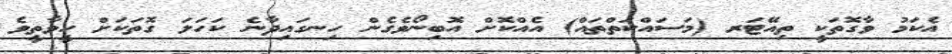
އެކަމު ވާގޮތަކީ ތިއޭޓަރ (މަސައްކަތްތައް) އެއްކޮށް އޮބިނޯވެގެން ހިނގައިދާނެ ކަހަލަ ގޮތަކަށް ހީވާތީވެ